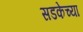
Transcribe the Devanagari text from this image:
सडकेच्या